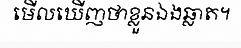
មើលឃើញថាខ្លួនឯងឆ្លាត។